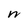
Character: W